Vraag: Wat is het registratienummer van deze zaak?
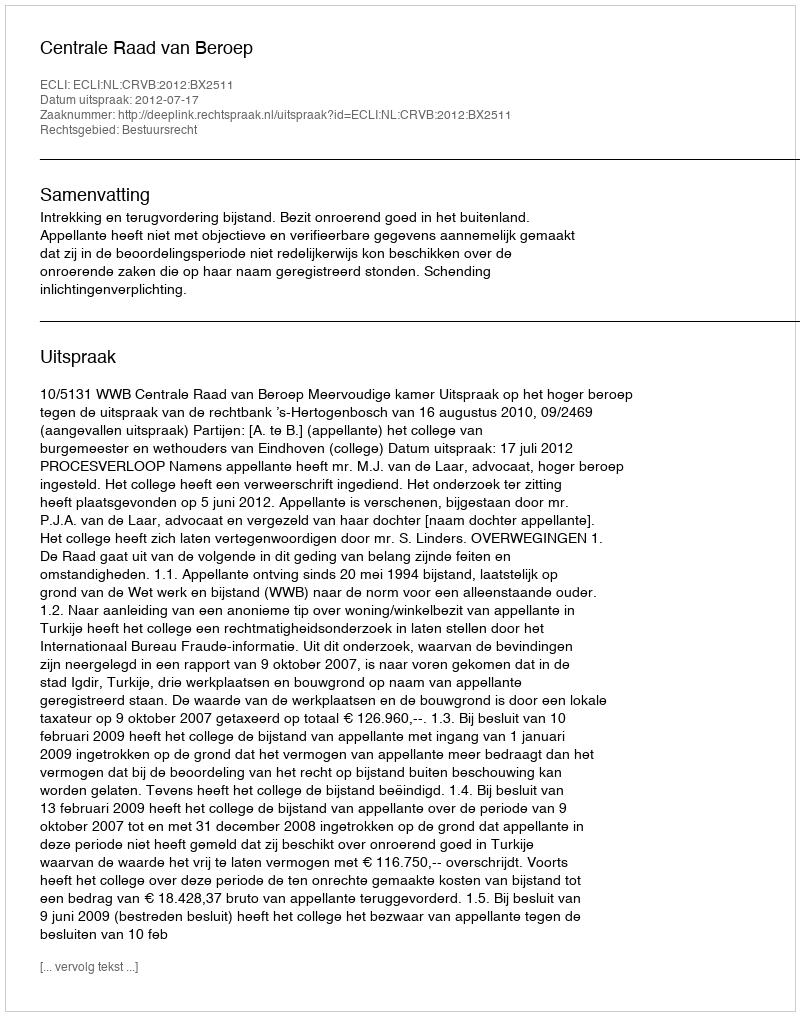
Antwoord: http://deeplink.rechtspraak.nl/uitspraak?id=ECLI:NL:CRVB:2012:BX2511